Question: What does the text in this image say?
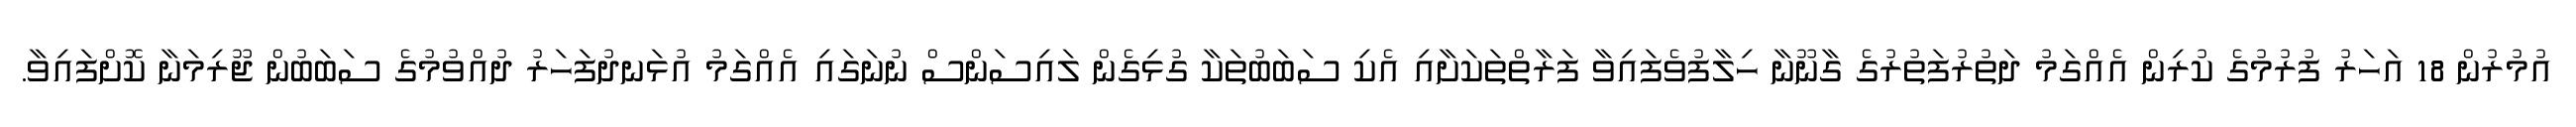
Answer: އުމުރުން 18 އަހަރު ފުރުމުގެ ކުރިން އެއްގަމު ދަތުރުފަތުރުގެ ގާނޫނާ ހިލާފުވެފައިވާ ފަރާތްތަކަށާއި އެކި ސަބަބުތަކާ ގުޅިގެން ލައިސަންސް ނުނަގައި އެއްގަމު އުޅަނދުފަހަރު ދުއްވުމުގެ ސަބަބުން ޖޫރިމަނާ ކޮށްފައިވާ.